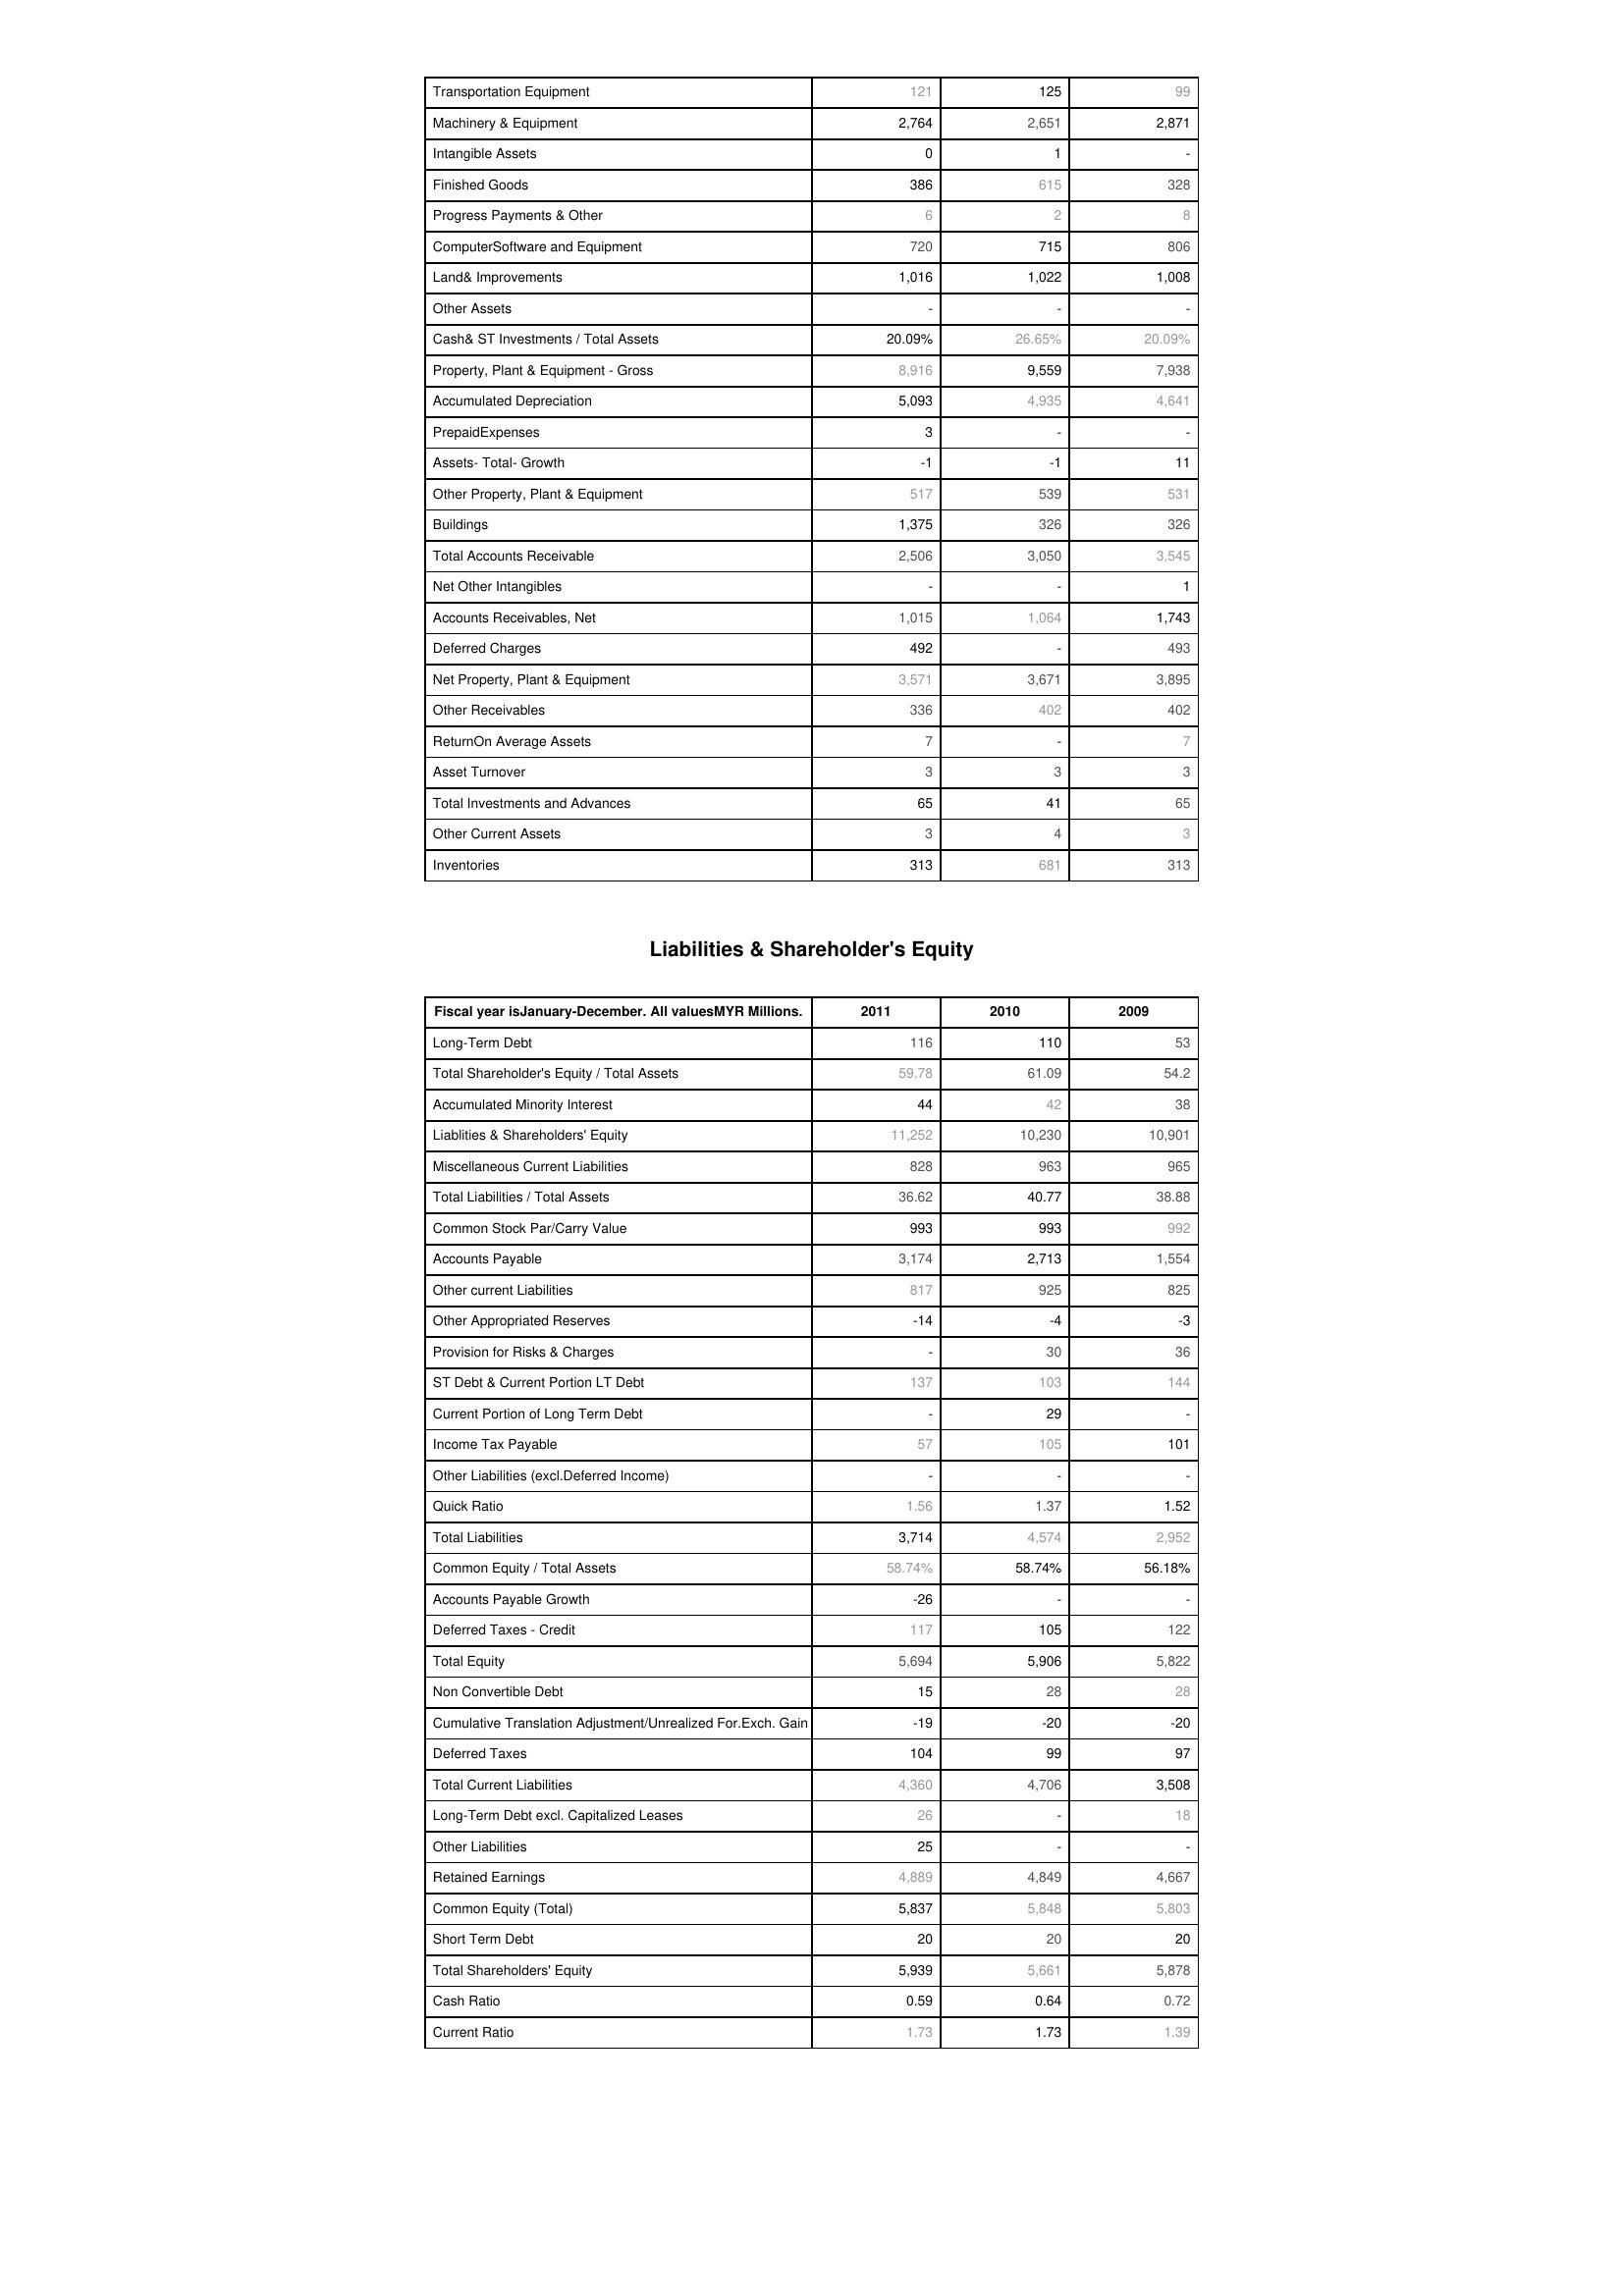
2011: Assets: Transportation Equipment: 121
Machinery & Equipment: 2,764
Intangible Assets: 0
Finished Goods: 386
Progress Payments & Other: 6
ComputerSoftware and Equipment: 720
Land& Improvements: 1,016
Other Assets: -
Cash& ST Investments / Total Assets: 20.09%
Property, Plant & Equipment - Gross : 8,916
Accumulated Depreciation: 5,093
PrepaidExpenses: 3
Assets- Total- Growth: -1
Other Property, Plant & Equipment: 517
Buildings: 1,375
Total Accounts Receivable: 2,506
Net Other Intangibles: -
Accounts Receivables, Net: 1,015
Deferred Charges: 492
Net Property, Plant & Equipment: 3,571
Other Receivables: 336
ReturnOn Average Assets: 7
Asset Turnover: 3
Total Investments and Advances: 65
Other Current Assets: 3
Inventories: 313
Liabilities & Shareholder's Equity: Long-Term Debt: 116
Total Shareholder's Equity / Total Assets: 59.78
Accumulated Minority Interest: 44
Liablities & Shareholders' Equity: 11,252
Miscellaneous Current Liabilities: 828
Total Liabilities / Total Assets: 36.62
Common Stock Par/Carry Value: 993
Accounts Payable: 3,174
Other current Liabilities: 817
Other Appropriated Reserves: -14
Provision for Risks & Charges: -
ST Debt & Current Portion LT Debt: 137
Current Portion of Long Term Debt: -
Income Tax Payable: 57
Other Liabilities (excl.Deferred Income): -
Quick Ratio: 1.56
Total Liabilities: 3,714
Common Equity / Total Assets: 58.74%
Accounts Payable Growth: -26
Deferred Taxes - Credit: 117
Total Equity: 5,694
Non Convertible Debt: 15
Cumulative Translation Adjustment/Unrealized For.Exch. Gain: -19
Deferred Taxes: 104
Total Current Liabilities: 4,360
Long-Term Debt excl. Capitalized Leases: 26
Other Liabilities: 25
Retained Earnings: 4,889
Common Equity (Total): 5,837
Short Term Debt: 20
Total Shareholders' Equity: 5,939
Cash Ratio: 0.59
Current Ratio: 1.73
2010: Assets: Transportation Equipment: 125
Machinery & Equipment: 2,651
Intangible Assets: 1
Finished Goods: 615
Progress Payments & Other: 2
ComputerSoftware and Equipment: 715
Land& Improvements: 1,022
Other Assets: -
Cash& ST Investments / Total Assets: 26.65%
Property, Plant & Equipment - Gross : 9,559
Accumulated Depreciation: 4,935
PrepaidExpenses: -
Assets- Total- Growth: -1
Other Property, Plant & Equipment: 539
Buildings: 326
Total Accounts Receivable: 3,050
Net Other Intangibles: -
Accounts Receivables, Net: 1,064
Deferred Charges: -
Net Property, Plant & Equipment: 3,671
Other Receivables: 402
ReturnOn Average Assets: -
Asset Turnover: 3
Total Investments and Advances: 41
Other Current Assets: 4
Inventories: 681
Liabilities & Shareholder's Equity: Long-Term Debt: 110
Total Shareholder's Equity / Total Assets: 61.09
Accumulated Minority Interest: 42
Liablities & Shareholders' Equity: 10,230
Miscellaneous Current Liabilities: 963
Total Liabilities / Total Assets: 40.77
Common Stock Par/Carry Value: 993
Accounts Payable: 2,713
Other current Liabilities: 925
Other Appropriated Reserves: -4
Provision for Risks & Charges: 30
ST Debt & Current Portion LT Debt: 103
Current Portion of Long Term Debt: 29
Income Tax Payable: 105
Other Liabilities (excl.Deferred Income): -
Quick Ratio: 1.37
Total Liabilities: 4,574
Common Equity / Total Assets: 58.74%
Accounts Payable Growth: -
Deferred Taxes - Credit: 105
Total Equity: 5,906
Non Convertible Debt: 28
Cumulative Translation Adjustment/Unrealized For.Exch. Gain: -20
Deferred Taxes: 99
Total Current Liabilities: 4,706
Long-Term Debt excl. Capitalized Leases: -
Other Liabilities: -
Retained Earnings: 4,849
Common Equity (Total): 5,848
Short Term Debt: 20
Total Shareholders' Equity: 5,661
Cash Ratio: 0.64
Current Ratio: 1.73
2009: Assets: Transportation Equipment: 99
Machinery & Equipment: 2,871
Intangible Assets: -
Finished Goods: 328
Progress Payments & Other: 8
ComputerSoftware and Equipment: 806
Land& Improvements: 1,008
Other Assets: -
Cash& ST Investments / Total Assets: 20.09%
Property, Plant & Equipment - Gross : 7,938
Accumulated Depreciation: 4,641
PrepaidExpenses: -
Assets- Total- Growth: 11
Other Property, Plant & Equipment: 531
Buildings: 326
Total Accounts Receivable: 3,545
Net Other Intangibles: 1
Accounts Receivables, Net: 1,743
Deferred Charges: 493
Net Property, Plant & Equipment: 3,895
Other Receivables: 402
ReturnOn Average Assets: 7
Asset Turnover: 3
Total Investments and Advances: 65
Other Current Assets: 3
Inventories: 313
Liabilities & Shareholder's Equity: Long-Term Debt: 53
Total Shareholder's Equity / Total Assets: 54.2
Accumulated Minority Interest: 38
Liablities & Shareholders' Equity: 10,901
Miscellaneous Current Liabilities: 965
Total Liabilities / Total Assets: 38.88
Common Stock Par/Carry Value: 992
Accounts Payable: 1,554
Other current Liabilities: 825
Other Appropriated Reserves: -3
Provision for Risks & Charges: 36
ST Debt & Current Portion LT Debt: 144
Current Portion of Long Term Debt: -
Income Tax Payable: 101
Other Liabilities (excl.Deferred Income): -
Quick Ratio: 1.52
Total Liabilities: 2,952
Common Equity / Total Assets: 56.18%
Accounts Payable Growth: -
Deferred Taxes - Credit: 122
Total Equity: 5,822
Non Convertible Debt: 28
Cumulative Translation Adjustment/Unrealized For.Exch. Gain: -20
Deferred Taxes: 97
Total Current Liabilities: 3,508
Long-Term Debt excl. Capitalized Leases: 18
Other Liabilities: -
Retained Earnings: 4,667
Common Equity (Total): 5,803
Short Term Debt: 20
Total Shareholders' Equity: 5,878
Cash Ratio: 0.72
Current Ratio: 1.39